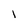
Character: l